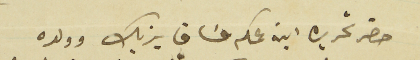
حضر تحريره ابنه عمكم عسَاف يزبك وولده